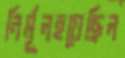
নির্মূলহয়েছিল